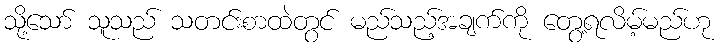
သို့သော် သူသည် သတင်းစာထဲတွင် မည်သည့်အချက်ကို တွေ့ရလိမ့်မည်ဟု